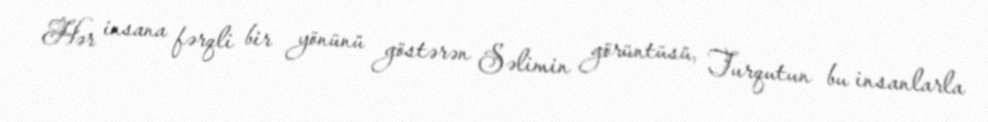
Hər insana fərqli bir yönünü göstərən Səlimin görüntüsü, Turqutun bu insanlarla